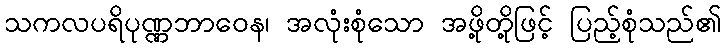
သကလပရိပုဏ္ဏဘာဝေန၊ အလုံးစုံသော အဖို့တို့ဖြင့် ပြည့်စုံသည်၏